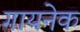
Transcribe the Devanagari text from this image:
गायनेक